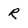
Character: r